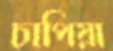
চাপিয়া